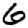
Digit: 6